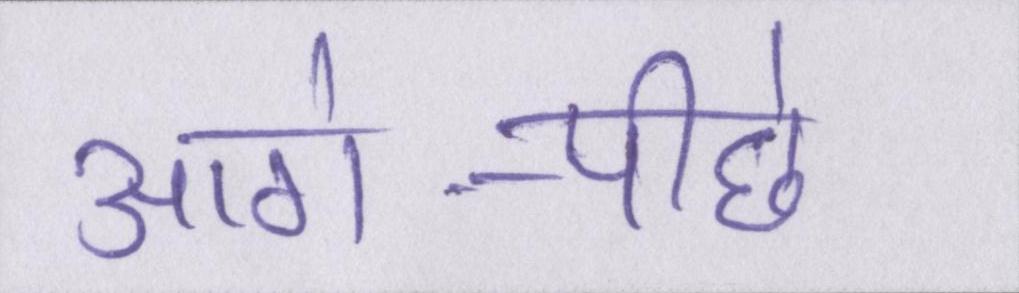
आगे-पीछे